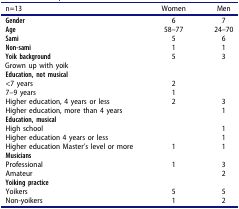
<table><thead><tr><td><b>n=13</b></td><td><b>Women</b></td><td><b>Men</b></td></tr></thead><tbody><tr><td><b>Gender</b></td><td>6</td><td>7</td></tr><tr><td><b>Age</b></td><td>58–77</td><td>24–70</td></tr><tr><td><b>Sami</b></td><td>5</td><td>6</td></tr><tr><td><b>Non-sami</b></td><td>1</td><td>1</td></tr><tr><td><b>Yoik background</b>Grown up with yoik</td><td>5</td><td>3</td></tr><tr><td><b>Education, not musical</b></td><td> </td><td> </td></tr><tr><td>&lt;7 years</td><td>2</td><td> </td></tr><tr><td>7–9 years</td><td>1</td><td> </td></tr><tr><td>Higher education, 4 years or less</td><td>2</td><td>3</td></tr><tr><td>Higher education, more than 4 years</td><td> </td><td>1</td></tr><tr><td><b>Education, musical</b></td><td> </td><td> </td></tr><tr><td>High school</td><td> </td><td>1</td></tr><tr><td>Higher education 4 years or less</td><td> </td><td>1</td></tr><tr><td>Higher education Master’s level or more</td><td>1</td><td>1</td></tr><tr><td><b>Musicians</b></td><td> </td><td> </td></tr><tr><td>Professional</td><td>1</td><td>3</td></tr><tr><td>Amateur</td><td> </td><td>2</td></tr><tr><td><b>Yoiking practice</b></td><td> </td><td> </td></tr><tr><td>Yoikers</td><td>5</td><td>5</td></tr><tr><td>Non-yoikers</td><td>1</td><td>2</td></tr></tbody></table>